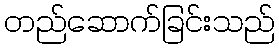
တည်ဆောက်ခြင်းသည်